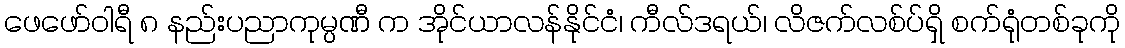
ဖေဖော်ဝါရီ ၈ နည်းပညာကုမ္ပဏီ က အိုင်ယာလန်နိုင်ငံ၊ ကီလ်ဒရယ်၊ လိဇက်လစ်ပ်ရှိ စက်ရုံတစ်ခုကို